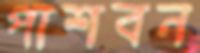
পাশবন